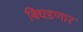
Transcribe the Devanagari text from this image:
बिघडणार